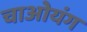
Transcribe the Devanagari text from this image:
चाओयंग